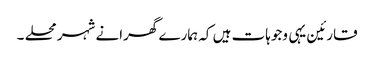
قارئین یہی وجوہات ہیں کہ ہمارے گھرانے شہر محلے ۔